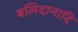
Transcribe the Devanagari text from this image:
बलिदानादि